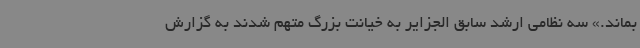
بماند.» سه نظامی ارشد سابق الجزایر به خیانت بزرگ متهم شدند به گزارش